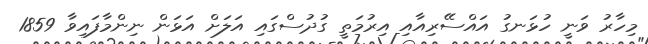
މިހާރު ވަނީ ހުޅަނގު އައްސޭރިއާއި އިރުމަތީ ގުދުސްގައި އަލަށް އަޅަން ނިންމާފައިވާ 1859